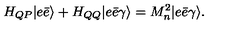
H _ { Q P } | e \bar { e } \rangle + H _ { Q Q } | e \bar { e } \gamma \rangle = M _ { n } ^ { 2 } | e \bar { e } \gamma \rangle .